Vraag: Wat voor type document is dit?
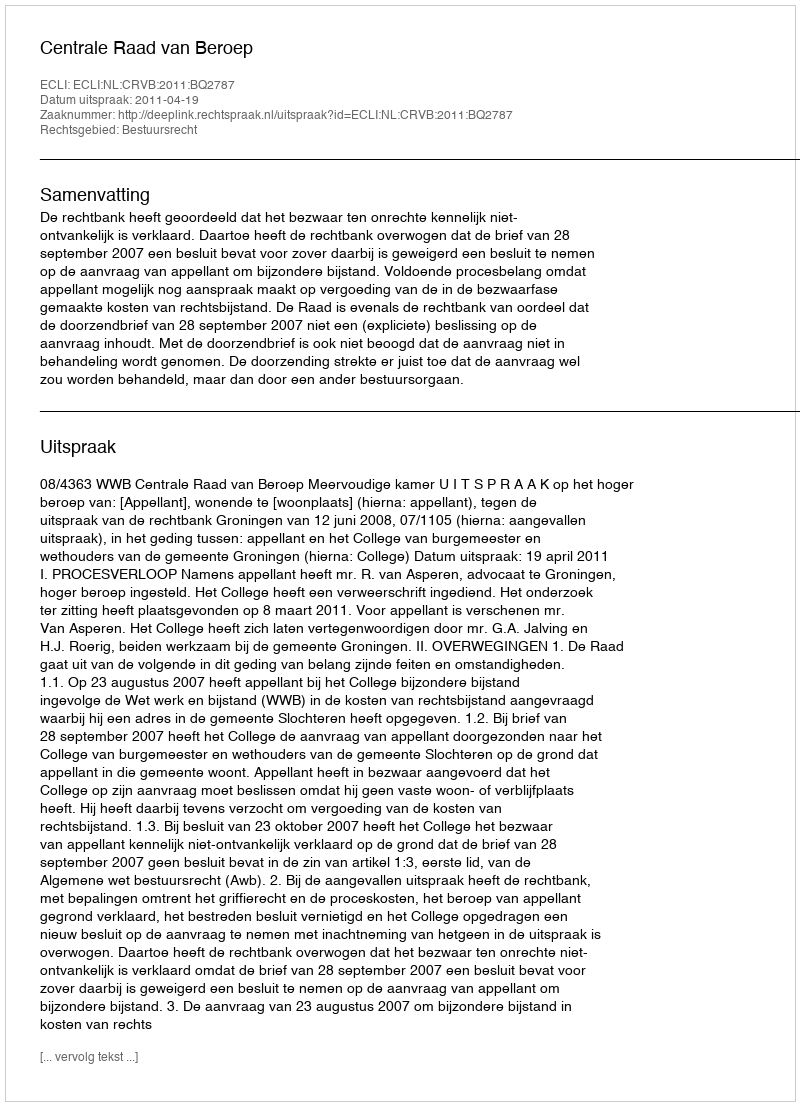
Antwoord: Uitspraak